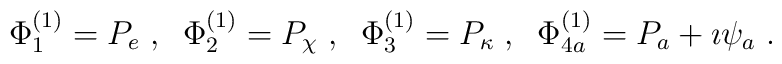
\Phi^{(1)}_1=P_e\;, \;\; \Phi^{(1)}_2=P_\chi\;, \;\;\Phi^{(1)}_3=P_\kappa\;,\;\; \Phi^{(1)}_{4a}=P_a+\imath\psi_a\;.